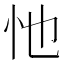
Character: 忚